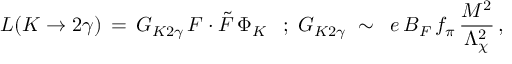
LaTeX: { \cal L } ( K \rightarrow 2 \gamma ) \, = \, G _ { K 2 \gamma } \, F \cdot \tilde { F } \, \Phi _ { K } \; \: \; ; \; G _ { K 2 \gamma } \; \sim \; \; e \, B _ { F } \, f _ { \pi } \, \frac { M ^ { 2 } } { \Lambda _ { \chi } ^ { 2 } } \, ,